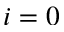
i = 0